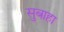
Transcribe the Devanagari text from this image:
सुबाहा